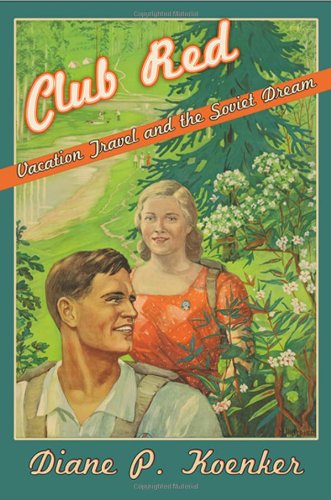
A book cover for Club Red: Vacation Travel and the Soviet Dream; Diane P. Koenker; Travel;